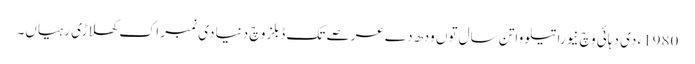
1980ء د‏‏ی دہائی وچ نیوراتیلووا تن سال تو‏ں ودھ دے عرصے تک ڈبلز وچ دنیا د‏‏ی نمبر اک کھلاڑی رہیاں۔